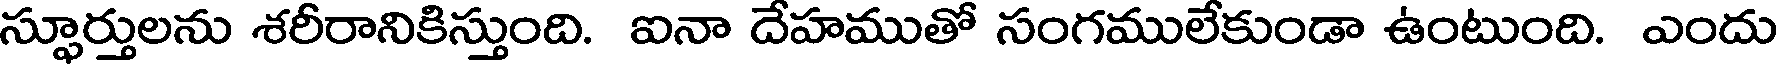
స్ఫూర్తులను శరీరానికిస్తుంది. ఐనా దేహముతో సంగములేకుండా ఉంటుంది. ఎందు